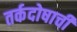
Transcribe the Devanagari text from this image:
तर्कदोषाची